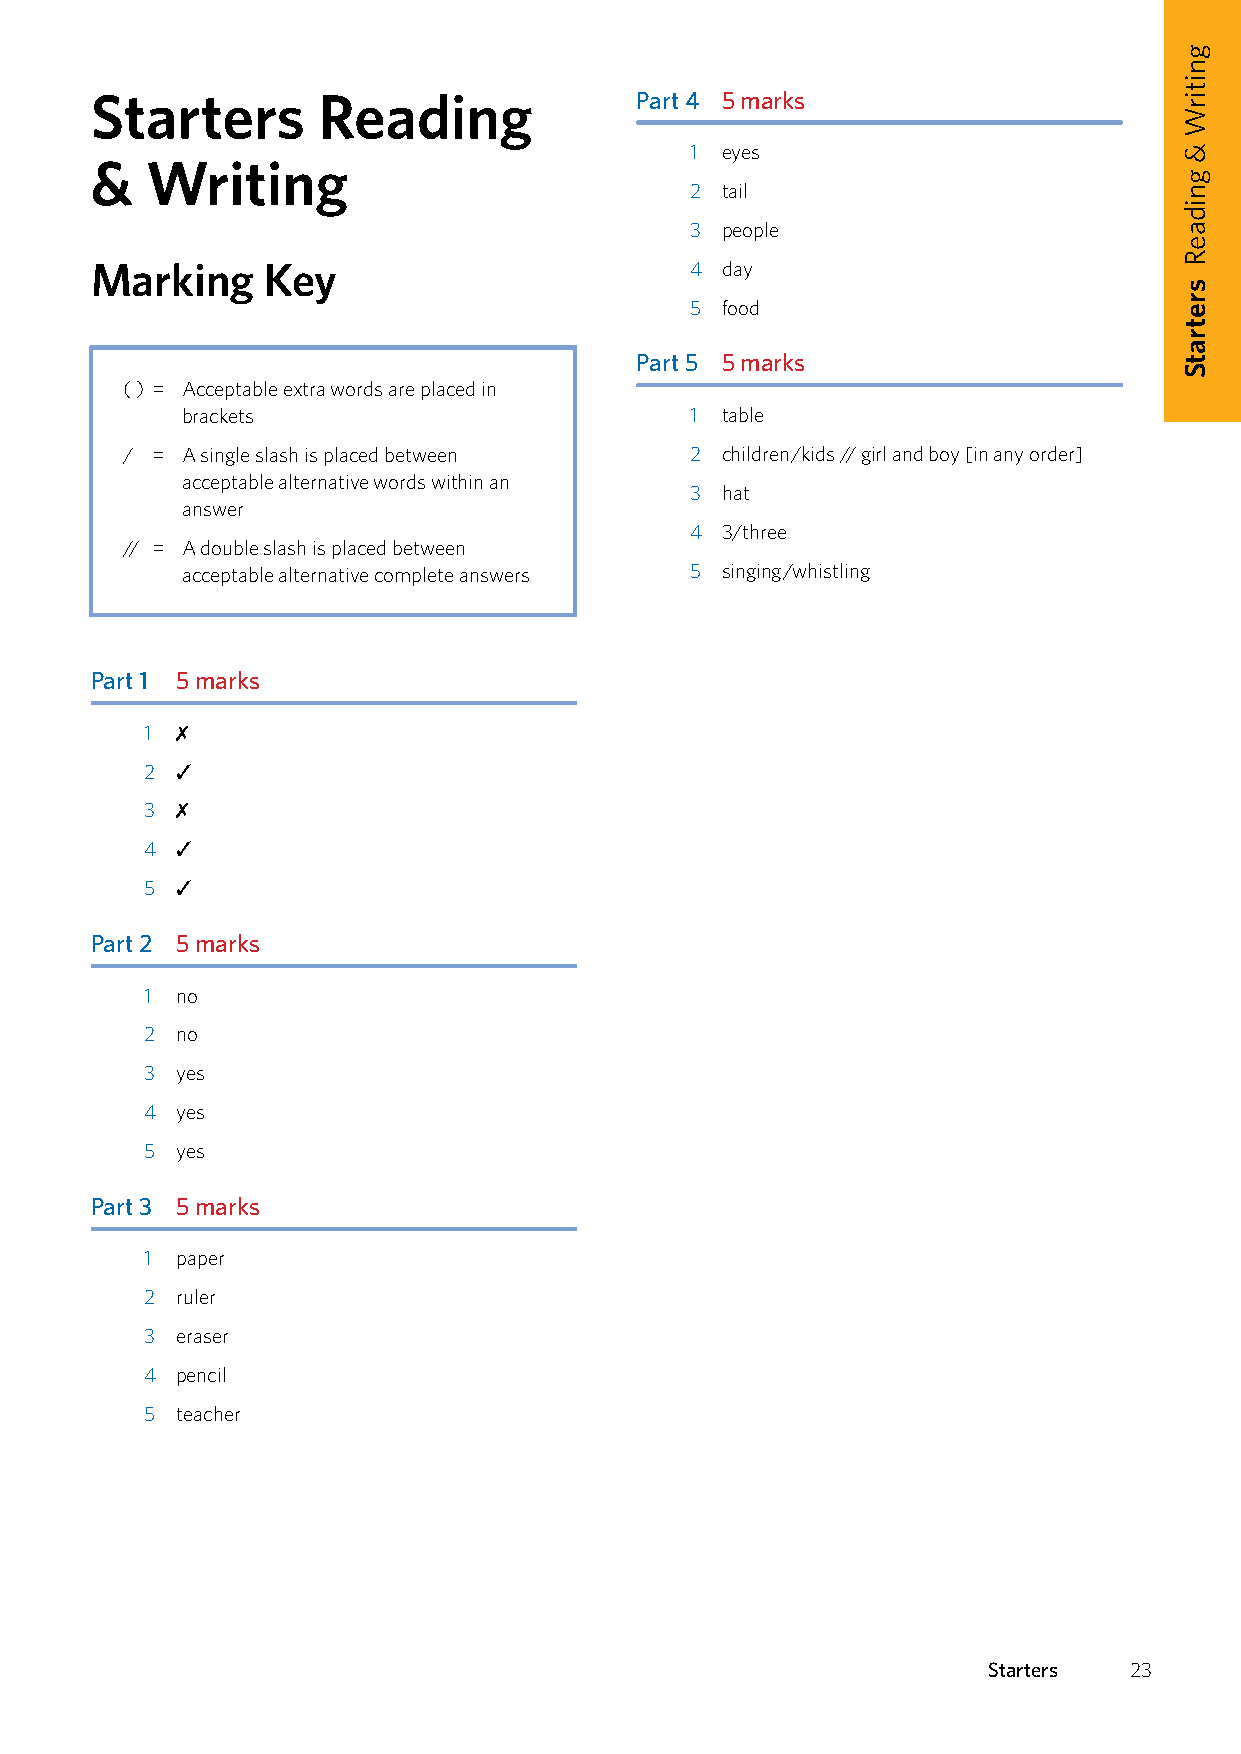
Starters       Reading              Part 4 5 marks
 1 eyes
 &   Writing
 2 tail
 3 people
 Marking    Key                          4 day
 5 food
 Part 5 5 marks
 ( ) = A cceptable extra words are placed in
 brackets                          1 table
 / = A single slash is placed between  2 children/kids // girl and boy [in any order]
 acceptable alternative words within an
 3 hat
 answer
 4 3/three
 // = A double slash is placed between
 acceptable alternative complete answers 5 singing/whistling
 Part 1 5 marks
 1 ✗
 2 ✓
 3 ✗
 4 ✓
 5 ✓
 Part 2 5 marks
 1 no
 2 no
 3 yes
 4 yes
 5 yes
 Part 3 5 marks
 1 paper
 2 ruler
 3 eraser
 4 pencil
 5 teacher
 Starters  23
 gnitirW
 &
 gnidaeR
 sretratS